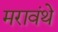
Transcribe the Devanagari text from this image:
मरावंथे